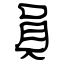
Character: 員